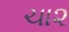
ચા૨